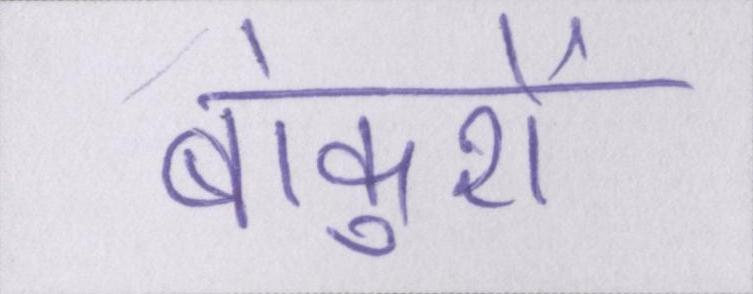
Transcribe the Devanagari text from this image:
बांकुरों